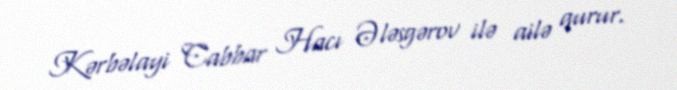
Kərbəlayi Cabbar Hacı Ələsgərov ilə ailə qurur.